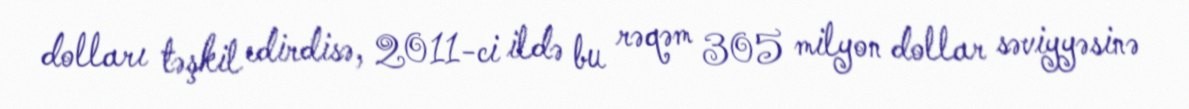
dolları təşkil edirdisə, 2011-ci ildə bu rəqəm 305 milyon dollar səviyyəsinə